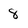
Character: 8